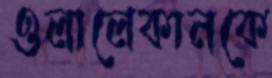
ওলালেকানকে